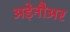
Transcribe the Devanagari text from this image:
अड़ेनौअर